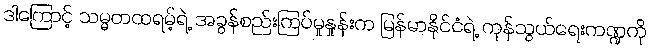
ဒါကြောင့် သမ္မတထရမ့်ရဲ့ အခွန်စည်းကြပ်မှုနှုန်းက မြန်မာနိုင်ငံရဲ့ ကုန်သွယ်ရေးကဏ္ဍကို